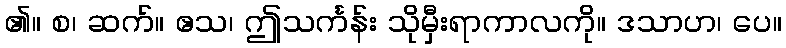
၏။ စ၊ ဆက်။ ဧသ၊ ဤသင်္ကန်း သိုမှီးရာကာလကို။ ဒသာဟ၊ ပေ။